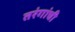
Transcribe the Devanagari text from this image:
तरंगांची